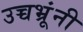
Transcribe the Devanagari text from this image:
उच्चभ्रूंनी